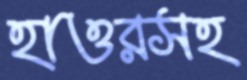
হাওরসহ